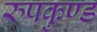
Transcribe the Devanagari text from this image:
रुपकुण्ड